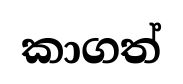
කාගත්